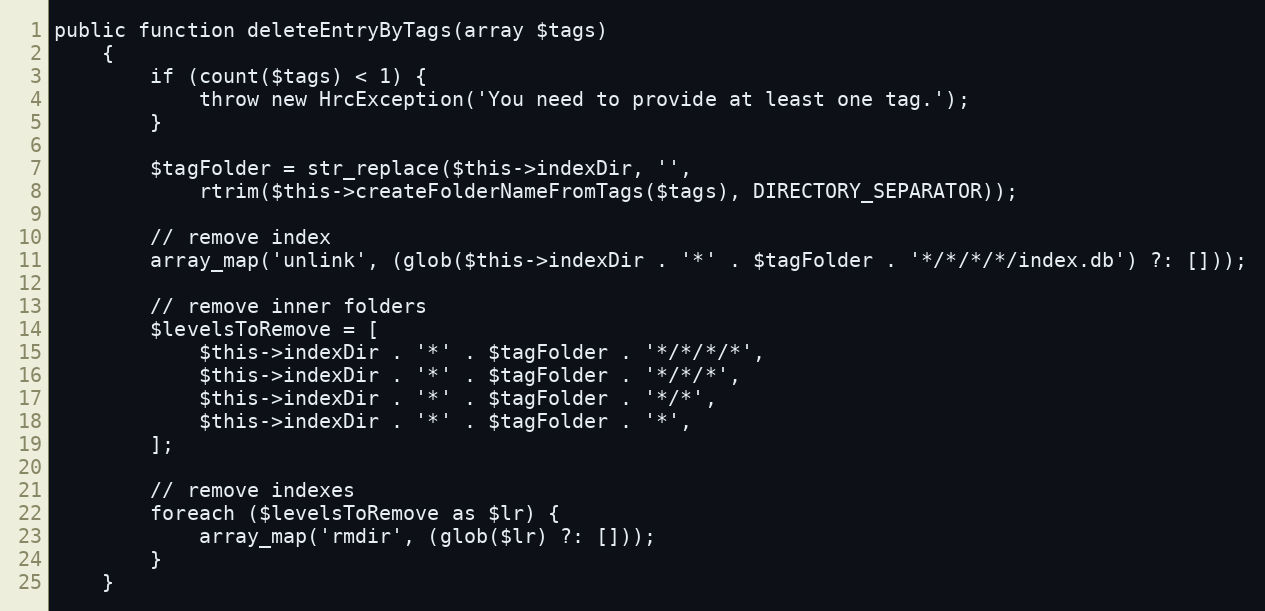
Language: PHP
public function deleteEntryByTags(array $tags)
    {
        if (count($tags) < 1) {
            throw new HrcException('You need to provide at least one tag.');
        }

        $tagFolder = str_replace($this->indexDir, '',
            rtrim($this->createFolderNameFromTags($tags), DIRECTORY_SEPARATOR));

        // remove index
        array_map('unlink', (glob($this->indexDir . '*' . $tagFolder . '*/*/*/*/index.db') ?: []));

        // remove inner folders
        $levelsToRemove = [
            $this->indexDir . '*' . $tagFolder . '*/*/*/*',
            $this->indexDir . '*' . $tagFolder . '*/*/*',
            $this->indexDir . '*' . $tagFolder . '*/*',
            $this->indexDir . '*' . $tagFolder . '*',
        ];

        // remove indexes
        foreach ($levelsToRemove as $lr) {
            array_map('rmdir', (glob($lr) ?: []));
        }
    }